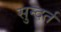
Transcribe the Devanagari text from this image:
सुन्दर्त